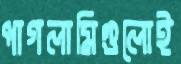
পাগলামিগুলোই